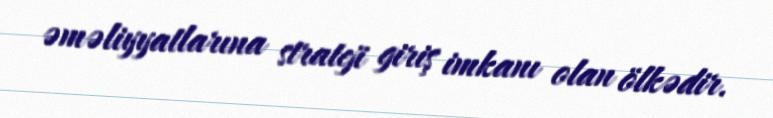
əməliyyatlarına strateji giriş imkanı olan ölkədir.